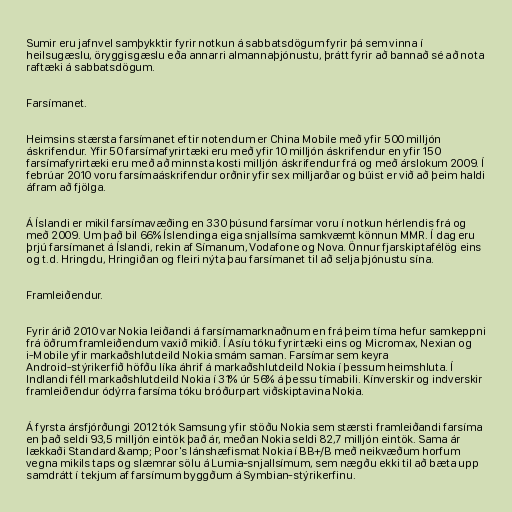
Sumir eru jafnvel samþykktir fyrir notkun á sabbatsdögum fyrir þá sem vinna í
heilsugæslu, öryggisgæslu eða annarri almannaþjónustu, þrátt fyrir að bannað sé að nota
raftæki á sabbatsdögum.

Farsímanet.

Heimsins stærsta farsímanet eftir notendum er China Mobile með yfir 500 milljón
áskrifendur. Yfir 50 farsímafyrirtæki eru með yfir 10 milljón áskrifendur en yfir 150
farsímafyrirtæki eru með að minnsta kosti milljón áskrifendur frá og með árslokum 2009. Í
febrúar 2010 voru farsímaáskrifendur orðnir yfir sex milljarðar og búist er við að þeim haldi
áfram að fjölga.

Á Íslandi er mikil farsímavæðing en 330 þúsund farsímar voru í notkun hérlendis frá og
með 2009. Um það bil 66% Íslendinga eiga snjallsíma samkvæmt könnun MMR. Í dag eru
þrjú farsímanet á Íslandi, rekin af Símanum, Vodafone og Nova. Önnur fjarskiptafélög eins
og t.d. Hringdu, Hringiðan og fleiri nýta þau farsímanet til að selja þjónustu sína.

Framleiðendur.

Fyrir árið 2010 var Nokia leiðandi á farsímamarknaðnum en frá þeim tíma hefur samkeppni
frá öðrum framleiðendum vaxið mikið. Í Asíu tóku fyrirtæki eins og Micromax, Nexian og
i-Mobile yfir markaðshlutdeild Nokia smám saman. Farsímar sem keyra
Android-stýrikerfið höfðu líka áhrif á markaðshlutdeild Nokia í þessum heimshluta. Í
Indlandi féll markaðshlutdeild Nokia í 31% úr 56% á þessu tímabili. Kínverskir og indverskir
framleiðendur ódýrra farsíma tóku bróðurpart viðskiptavina Nokia.

Á fyrsta ársfjórðungi 2012 tók Samsung yfir stöðu Nokia sem stærsti framleiðandi farsíma
en það seldi 93,5 milljón eintök það ár, meðan Nokia seldi 82,7 milljón eintök. Sama ár
lækkaði Standard &amp; Poor's lánshæfismat Nokia í BB+/B með neikvæðum horfum
vegna mikils taps og slæmrar sölu á Lumia-snjallsímum, sem nægðu ekki til að bæta upp
samdrátt í tekjum af farsímum byggðum á Symbian-stýrikerfinu.